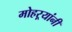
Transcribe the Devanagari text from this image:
मोहऱ्यांनी